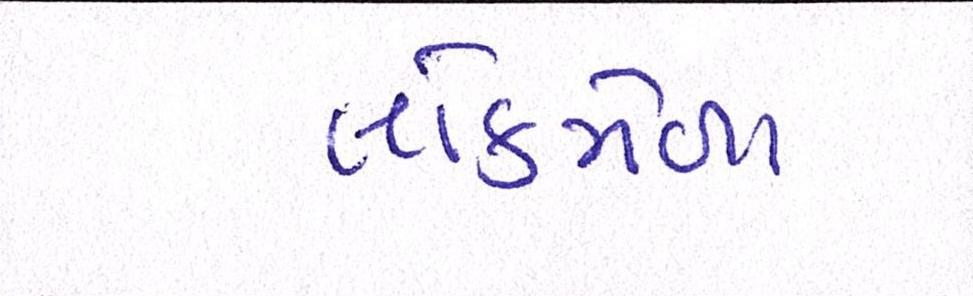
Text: લોકમેળા